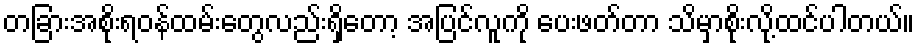
တခြားအစိုးရဝန်ထမ်းတွေလည်းရှိတော့ အပြင်လူကို ပေးဖတ်တာ သိမှာစိုးလို့ထင်ပါတယ်။